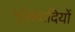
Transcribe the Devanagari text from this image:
भूखवादियों